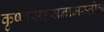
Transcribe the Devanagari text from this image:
कृष्णसहस्रनामस्तोत्र